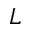
L